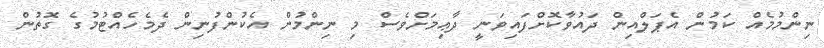
ނިންމުމެއް ކަމުން އެޕަލްއިން ދައުވާކޮށްފައިވަނީ ދާޢިމަށްވެސް މި ނިންމުން އެކުންފުނިން ދެމެހެއްޓުމުގެ ގޮތުން